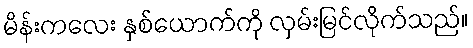
မိန်းကလေး နှစ်ယောက်ကို လှမ်းမြင်လိုက်သည်။